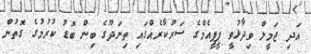
އަދި ޖަމީލް ވިދާޅުވީ ޕީޕީއެމްގެ ސަރުކާރެއްގައި ތިނަދޫގެ ބިން ބޮޑު ކުރުމުގެ ގޮތުން